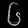
Digit: ၆